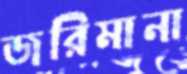
জরিমানা